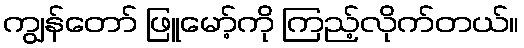
ကျွန်တော် ဖြူမော့်ကို ကြည့်လိုက်တယ်။